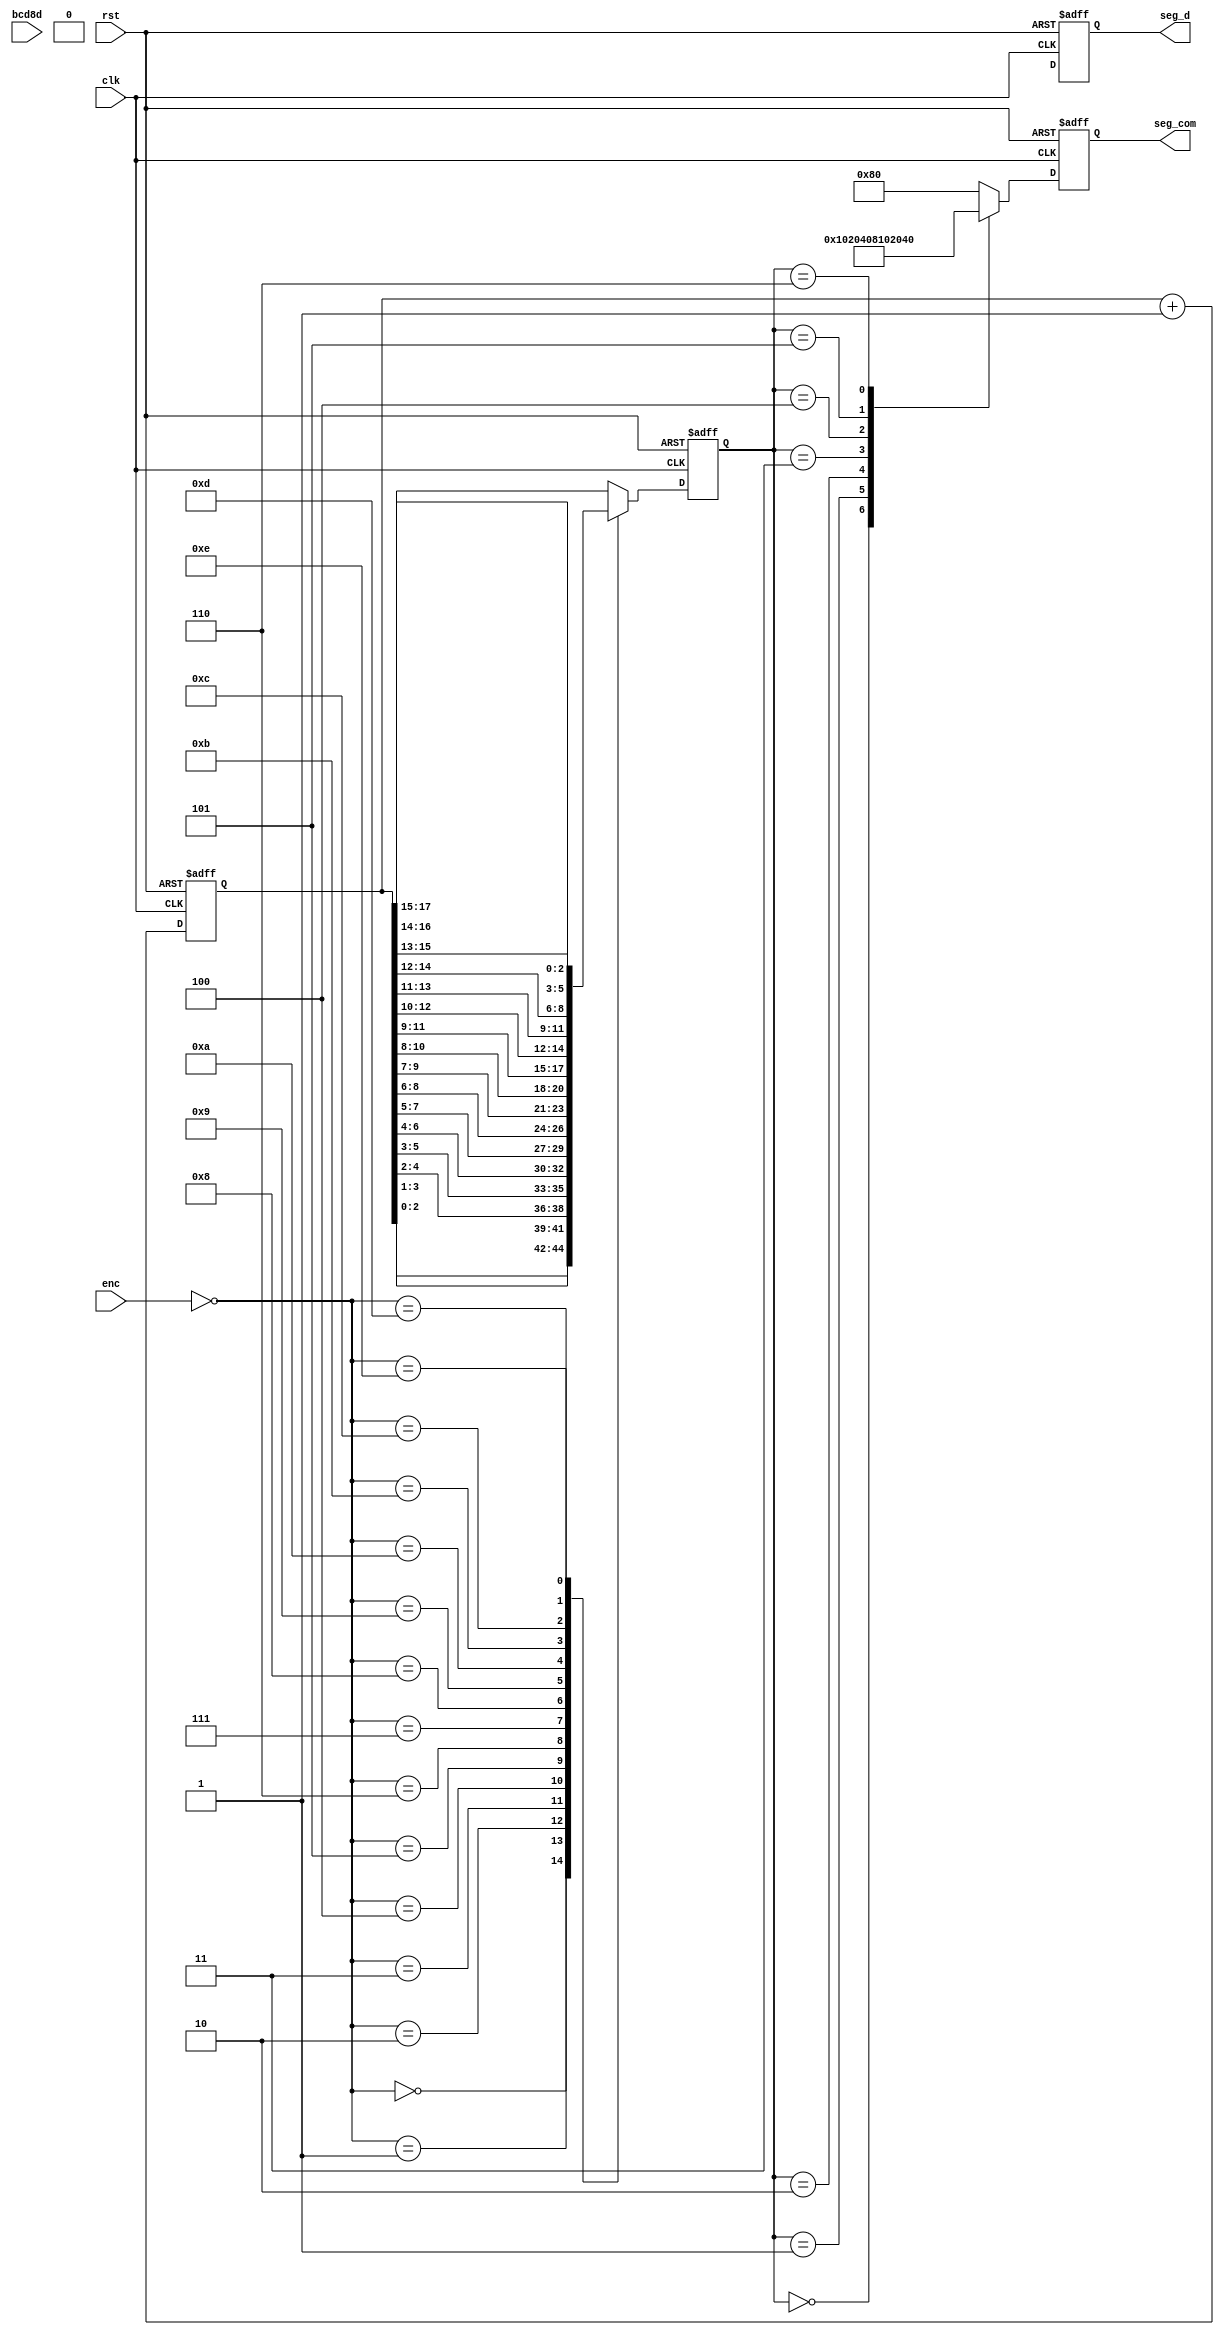
`timescale 1ns / 1ps
//////////////////////////////////////////////////////////////////////////////////
// Company: 
// Engineer: 
// 
// Design Name: 
// Module Name: seg_ctl
// Project Name: 
// Target Devices: 
// Tool Versions: 
// Description: 
// 
// Dependencies: 
// 
// Revision:
// Revision 0.01 - File Created
// Additional Comments:
// 
//////////////////////////////////////////////////////////////////////////////////


module seg_ctl(
input rst , clk,
input [3:0] enc,
input [31:0] bcd8d,
output reg[7:0] seg_d, seg_com
    );
reg [17:0] tcnt;
reg [2:0] digit_sel;

wire [3:0] d7h, d6h,d5h, d4h, d3h, d2h, d1h, d0h;
reg [3:0] sdh;

wire [6:0] segd;

//TCNT & DIGIT_SEL GENERATION 
always@(negedge rst, posedge clk)
    if(rst == 0)
        begin   
            tcnt <= 0;
            digit_sel <= 0;
        end 
    else 
        begin 
            tcnt <= tcnt +1;
            case(~enc)
            4'h0    :   digit_sel <= tcnt[02:00];    
            4'h1    :   digit_sel <= tcnt[03:01];    
            4'h2    :   digit_sel <= tcnt[04:02];    
            4'h3    :   digit_sel <= tcnt[05:03];    
            4'h4    :   digit_sel <= tcnt[06:04];    
            4'h5    :   digit_sel <= tcnt[07:05];    
            4'h6    :   digit_sel <= tcnt[08:06];    
            4'h7    :   digit_sel <= tcnt[09:07];    
            4'h8    :   digit_sel <= tcnt[10:08];    
            4'h9    :   digit_sel <= tcnt[11:09];    
            4'ha    :   digit_sel <= tcnt[12:10];    
            4'hb    :   digit_sel <= tcnt[13:11];    
            4'hc    :   digit_sel <= tcnt[14:12];    
            4'hd    :   digit_sel <= tcnt[15:13];    
            4'he    :   digit_sel <= tcnt[16:14];    
            default :   digit_sel <= tcnt[17:15];    
            endcase 
        end 

//d#h GENERATION 
assign d7h = bcd8d[31:28];
assign d7h = bcd8d[27:24];
assign d7h = bcd8d[23:20];
assign d7h = bcd8d[19:16];
assign d7h = bcd8d[15:12];
assign d7h = bcd8d[11:08];
assign d7h = bcd8d[07:04];
assign d7h = bcd8d[03:00];

// HEX TO SEGMENT DATA CONVERTING 
assign sedg =   (sdh == 4'h0) ? (7'h3f):    
                (sdh == 4'h1) ? (7'h06): 
                (sdh == 4'h2) ? (7'h5b): 
                (sdh == 4'h3) ? (7'h4f): 
                (sdh == 4'h4) ? (7'h66): 
                (sdh == 4'h5) ? (7'h6d): 
                (sdh == 4'h6) ? (7'h7d): 
                (sdh == 4'h7) ? (7'h27): 
                (sdh == 4'h8) ? (7'h7f): 
                (sdh == 4'h9) ? (7'h6f): 
                                (7'h00);
                                
// OUTPUT SELECTION
always@(negedge rst, posedge clk)
    if(rst == 0)
        begin 
            seg_d <= 8'h00;
            seg_com <= 8'h00;
        end 
    else 
        begin
            seg_d <= {1'b0, segd};
            case(digit_sel)
            3'd0        : seg_com <= 8'h01;        
            3'd1        : seg_com <= 8'h02;        
            3'd2        : seg_com <= 8'h04;        
            3'd3        : seg_com <= 8'h08;        
            3'd4        : seg_com <= 8'h10;        
            3'd5        : seg_com <= 8'h20;        
            3'd6        : seg_com <= 8'h40;        
            default     : seg_com <= 8'h80;
            endcase       
        end 
        
    
endmodule